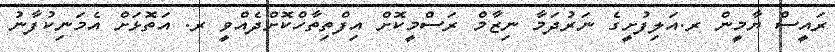
ރައީސް ޔާމީން ރ.އަލިފުށީގެ ނަރުދަމާ ނިޒާމް ރަސްމީކޮށް އިފްތިތާހްކޮށްދެއްވީ ރ. އަތޮޅަށް އެމަނިކުފާނު